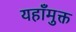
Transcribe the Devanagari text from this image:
यहाँमुक्त